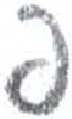
אות: ף